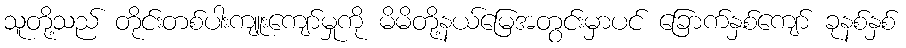
သူတို့သည် တိုင်းတစ်ပါးကျူးကျော်မှုကို မိမိတို့နယ်မြေအတွင်းမှာပင် ခြောက်နှစ်ကျော် ခုနစ်နှစ်